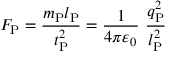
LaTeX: F _ { \mathrm { P } } = { \frac { m _ { \mathrm { P } } l _ { \mathrm { P } } } { t _ { \mathrm { P } } ^ { 2 } } } = { \frac { 1 } { 4 \pi \varepsilon _ { 0 } } } \ { \frac { q _ { \mathrm { P } } ^ { 2 } } { l _ { \mathrm { P } } ^ { 2 } } }